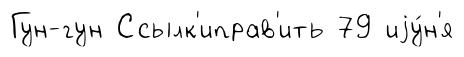
Гун-гун Ссылк'иправ'ить 79 иjу́н'я